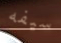
سيفه